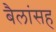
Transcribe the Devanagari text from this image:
बैलांसह